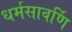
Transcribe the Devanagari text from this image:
धर्मसावर्णि